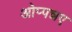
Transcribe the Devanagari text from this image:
ओप्पन्नए